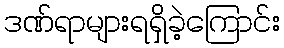
ဒဏ်ရာများရရှိခဲ့ကြောင်း